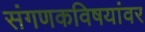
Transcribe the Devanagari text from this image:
संगणकविषयांवर